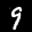
Label: 9